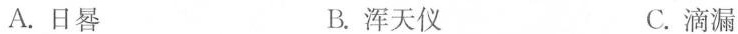
A.日晷 B.浑天仪 C.滴漏